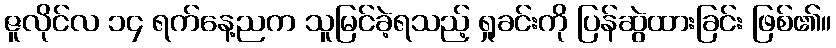
ဇူလိုင်လ ၁၄ ရက်နေ့ညက သူမြင်ခဲ့ရသည့် ရှုခင်းကို ပြန်ဆွဲထားခြင်း ဖြစ်၏။